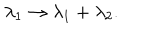
LaTeX: \lambda _ { 1 } \to \lambda _ { 1 } + \lambda _ { 2 } .